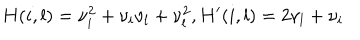
H ( i , l ) = \nu _ { i } ^ { 2 } + \nu _ { i } \nu _ { l } + \nu _ { l } ^ { 2 } , H ^ { \prime } ( i , l ) = 2 \nu _ { l } + \nu _ { i }